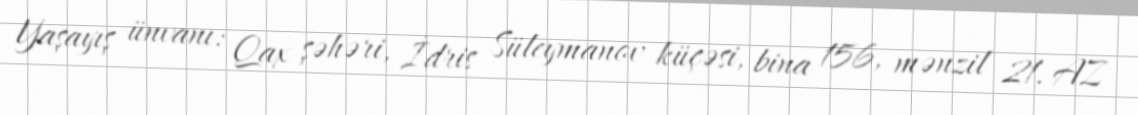
Yaşayış ünvanı: Qax şəhəri, İdris Süleymanov küçəsi, bina 156, mənzil 21, AZ